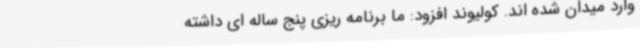
وارد میدان شده اند. کولیوند افزود: ما برنامه ریزی پنج ساله ای داشته